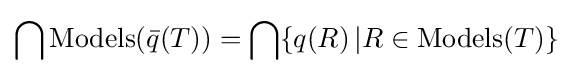
\bigcap \mathop {\mathrm {Models} } ({\bar {q}}(T))=\bigcap \{q(R)\,|R\in \mathop {\mathrm {Models} } (T)\}